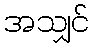
အသျှင်